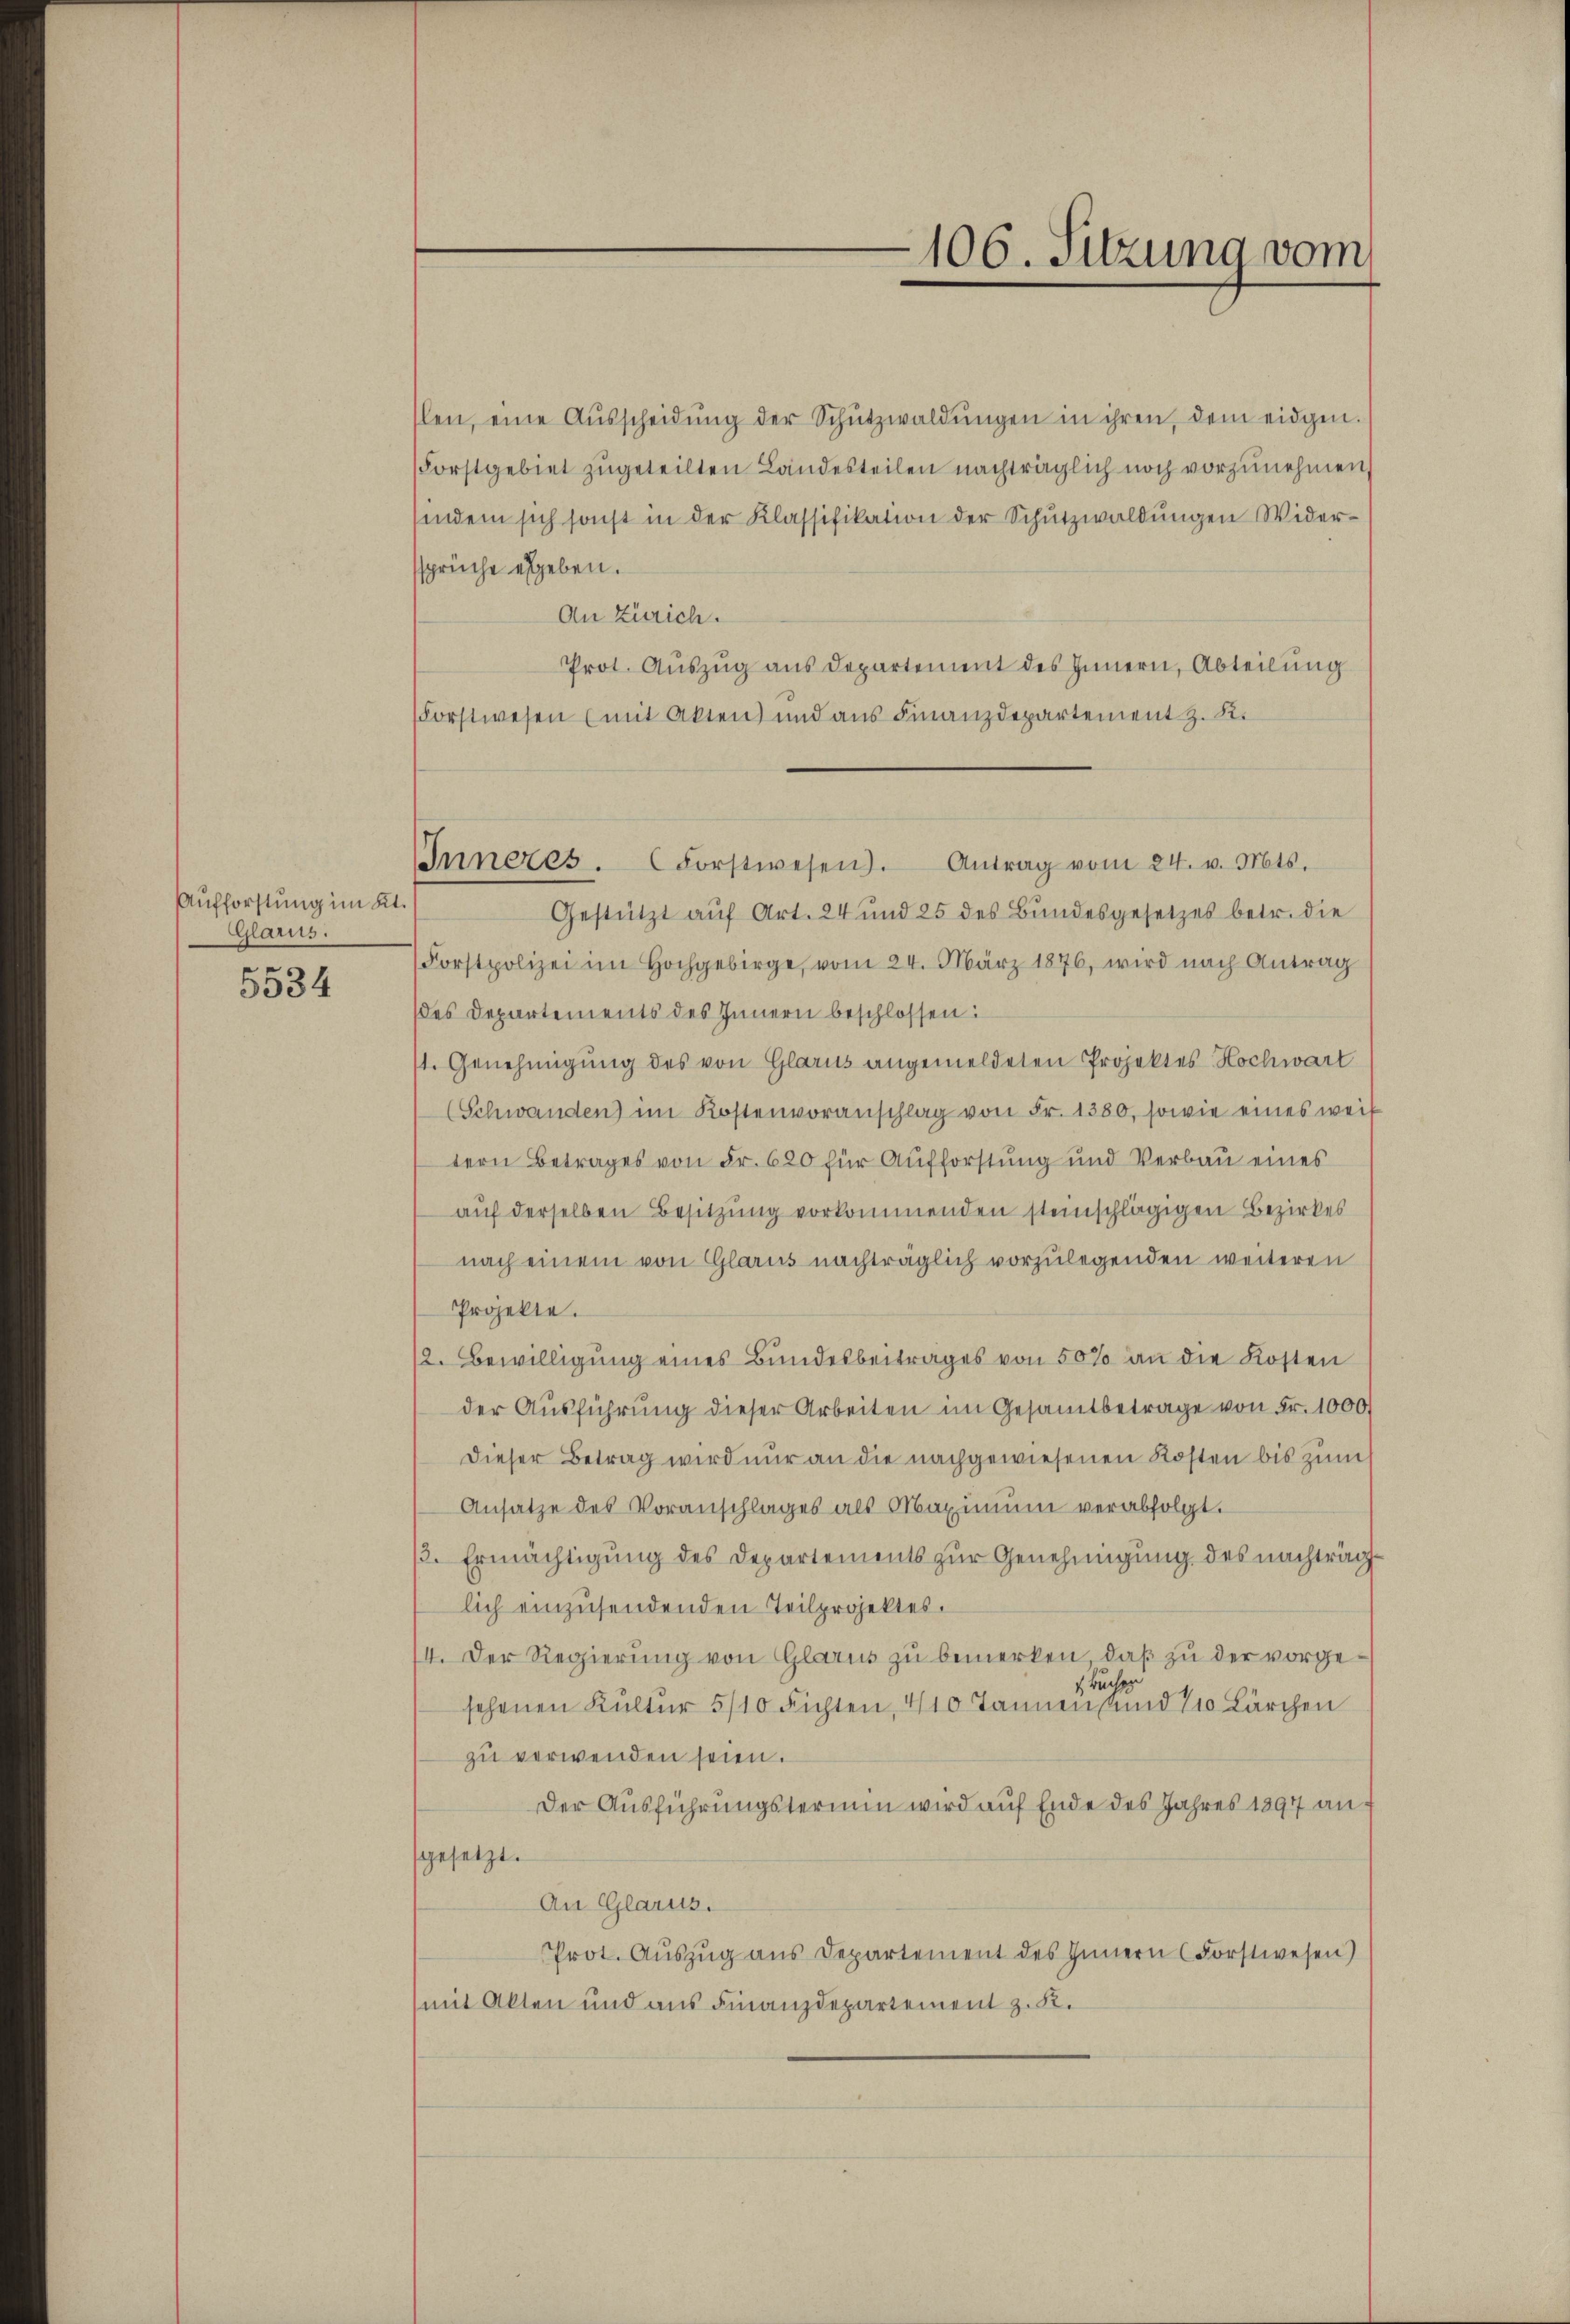
Aufforstung im Kt.
Glarus.
der
5534

Inneres. (Forstwesen. Antrag vom 24. v. Mts.
Gestützt aŭf Art. 24 und 25 des Bŭndesgesetzes betr. die

slen, eine Aŭsscheidŭng der Schŭtzwaldŭngen in ihren, dem eidgen.
(Forstgebiet zugeteilten Landesteilen nachträglich noch vorzunehmen
sindem sich sonst in der Klassifikation der Schŭtzwaldŭngen Widerssprüche ergeben.
An Zürich.
Prot. Aŭszŭg ans Departement des Innern, Abteilung
Forstwesen (mit Akten und aus Finanzdepartement z. K.
(Forstpolizei im Hochgebirge, vom 24. März 1876, wird nach Antrag
ddes Departements des Innern beschlossen:
11. Genehmigung des von Glarus angemeldeten Projektes Hochwart
(Schwanden im Kostenvoranschlag von Fr. 1380, sowie eines weil
tern Betrages von Fr. 620 für Aufforstung und Verbau eines
auf derselben Besitzung vorkommenden steinschlägigen Bezirkes
nach einem von Glarus nachträglich vorzulegenden weiteren
Projekte.
/2. Bewilligŭng eines Bundesbeitrages von 50% an die Kosten
der Ausführung dieser Arbeiten im Gesamtbetrage von Fr. 1000
Dieser Betrag wird nur an die nachgewiesenen Kosten bis zum
Ansatze des Voranschlages als Maximŭm verabfolgt.
ß. Ermächtigung des Departements zur Genehmigung des nachträglich einzusendenden Teilprojektes.
4. Der Regierung von Glarus zu bemerken, daß zu der vorge¬
 Buchen
sehenen Kultur 5/10 Fichten, 410 Tannen, und 71 Lärchen
zu verwenden seien.
Der Ausführungstermin wird auf Ende des Jahres 1897 ansgesetzt.
An Glarus.
Prot. Aŭszŭg aŭs Departement des Innern (Forstwesen)
mit Akten und aus Finanzdepartement z. K.

106. Sitzung vom